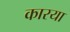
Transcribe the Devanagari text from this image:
कारया